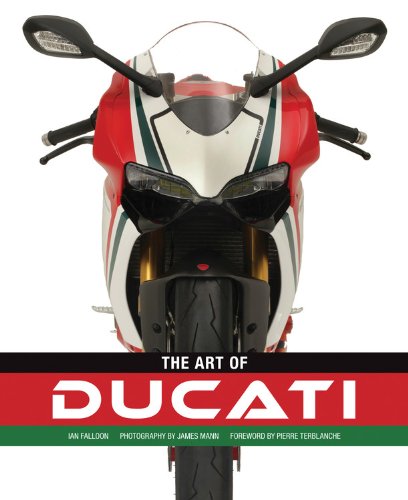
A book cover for The Art of Ducati; Ian Falloon; Engineering & Transportation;